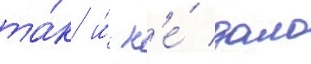
та́к и́ н'е́ дало